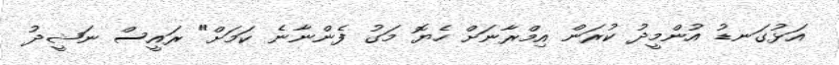
އަޅުގަނޑު އުންމީދު ކުރަން އިމްރާނަށް ހެޔޮ މަގު ފެންނާނެ ކަމަށް" ރައީސް ނަޝީދު